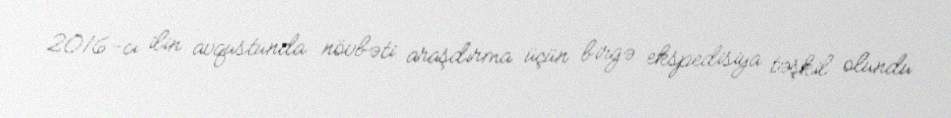
2016-cı ilin avqustunda növbəti araşdırma üçün birgə ekspedisiya təşkil olundu